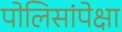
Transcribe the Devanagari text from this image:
पोलिसांपेक्षा